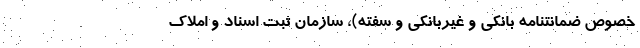
خصوص ضمانتنامه بانکی و غیربانکی و سفته)، سازمان ثبت اسناد و املاک